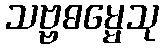
သဗ္ဗဓမ္မေသု